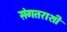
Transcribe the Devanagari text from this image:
संगतराशी